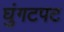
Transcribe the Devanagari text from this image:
घुंगटपट